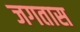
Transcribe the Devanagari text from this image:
जगतास